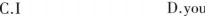
C.I D.you